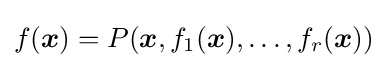
f({\boldsymbol {x}})=P({\boldsymbol {x}},f_{1}({\boldsymbol {x}}),\ldots ,f_{r}({\boldsymbol {x}}))